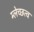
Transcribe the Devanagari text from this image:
म्लेच्छत्व